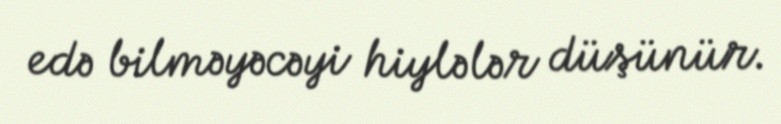
edə bilməyəcəyi hiylələr düşünür.